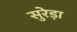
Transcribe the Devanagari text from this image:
सुरेड़ा